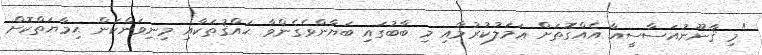
"މި ޤާނޫނުއަސާސީއާ އެއްގޮތަށް ޢަމަލުކުރުމާއި މި ބާބުގައި ބަޔާންވެގެންވާ ޙައްޤުތަކާއި މިނިވަންކަން ޙިމާޔަތްކޮށް